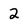
Character: 2